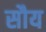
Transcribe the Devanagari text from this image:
सौय